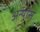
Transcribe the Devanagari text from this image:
अन्यास